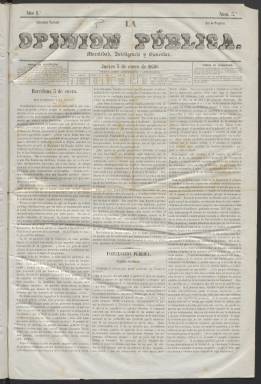
Título: La Opinión pública (Barcelona)
Colección: Periódicos
Ámbito geográfico: Barcelona
Lugar de publicación: Barcelona
Fechas: 03/01/1850-07/05/1850

Algunas páginas presentan pérdida de texto por pliegues en el original.